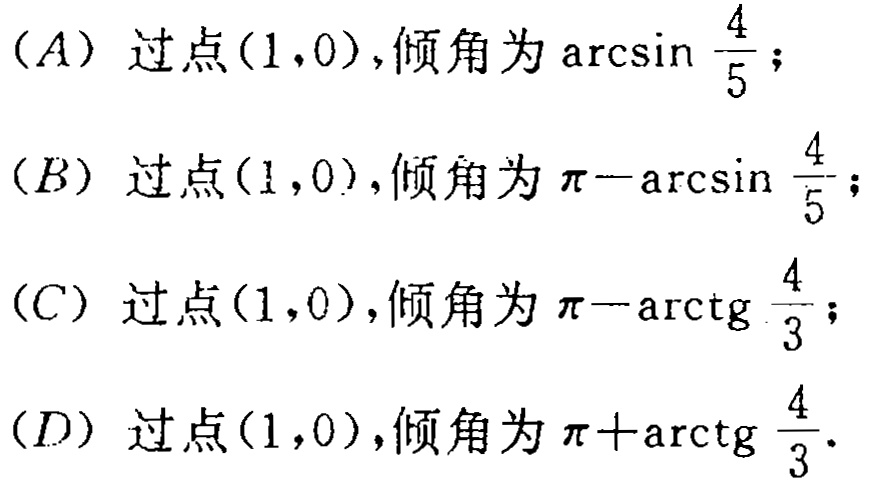
(A) 过点\((1,0)\)，倾角为\(\arcsin\frac{4}{5}\)；
(B) 过点\((1,0)\)，倾角为\(\pi - \arcsin\frac{4}{5}\)；
(C) 过点\((1,0)\)，倾角为\(\pi - \text{arctg}\frac{4}{3}\)；
(D) 过点\((1,0)\)，倾角为\(\pi + \text{arctg}\frac{4}{3}\)。